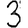
Digit: 3